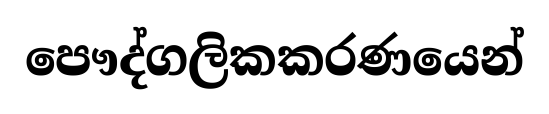
පෞද්ගලිකකරණයෙන්